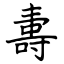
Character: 夀